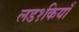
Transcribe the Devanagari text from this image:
लड१कियाँ